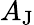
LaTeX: A_{\mathrm{J}}